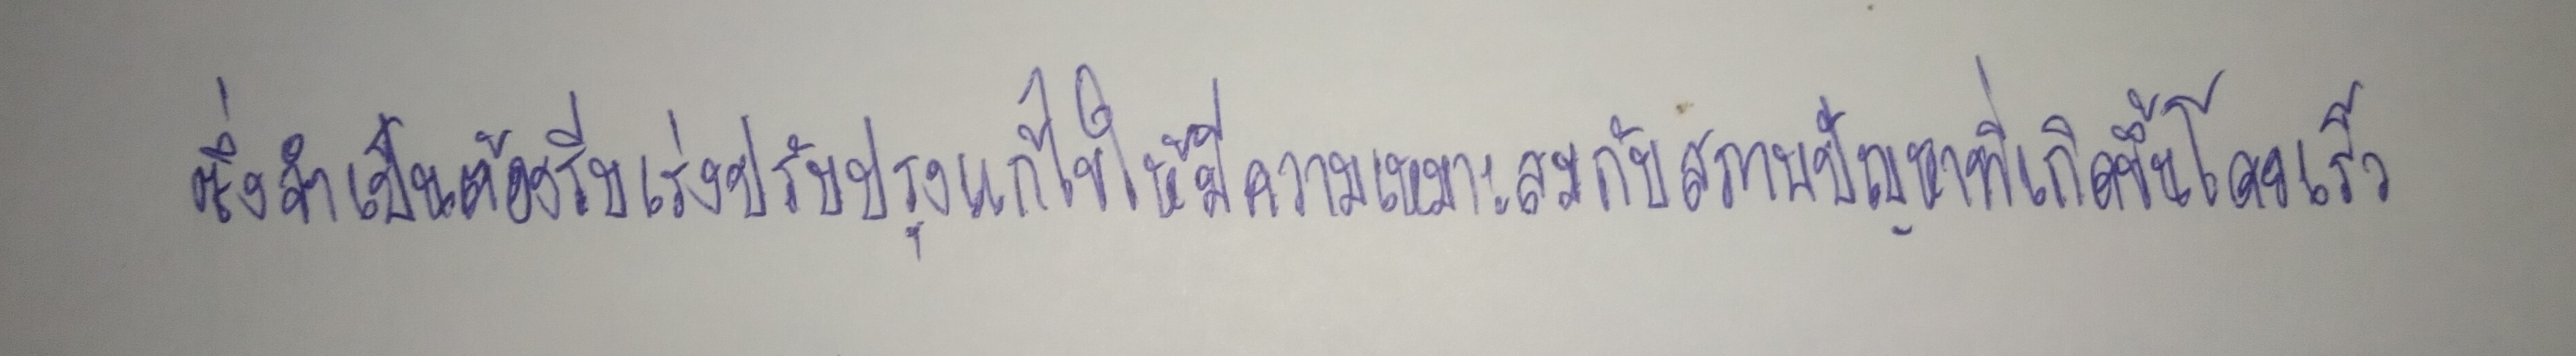
ซึ่งจำเป็นต้องรีบเร่งปรับปรุงแก้ไขให้มีความเหมาะสมกับสภาพปัญหาที่เกิดขึ้นโดยเร็ว